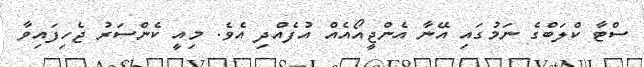
ސްޓާ ކްލަބްގެ ނަމުގައި އޭނާ އެންޖީއޯއެއް އުފެއްދި އެވެ. މިއީ ކެންސަރު ޖެހިފައިވާ